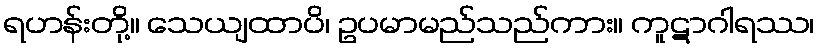
ရဟန်းတို့။ သေယျထာပိ၊ ဥပမာမည်သည်ကား။ ကူဋာဂါရဿ၊